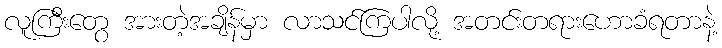
လူကြီးတွေ အားတဲ့အချိန်မှာ လာသင်ကြပါလို့ အတင်းတရားဟောခံရတာနဲ့